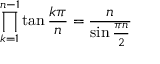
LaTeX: \prod _ { k = 1 } ^ { n - 1 } \tan { \frac { k \pi } { n } } = { \frac { n } { \sin { \frac { \pi n } { 2 } } } }